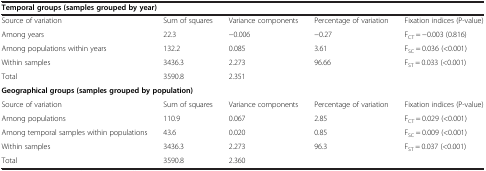
<table><thead><tr><td colspan="5"><b>Temporal groups (samples grouped by year)</b></td></tr></thead><tbody><tr><td>Source of variation</td><td>Sum of squares</td><td>Variance components</td><td>Percentage of variation</td><td>Fixation indices (P-value)</td></tr><tr><td>Among years</td><td>22.3</td><td>−0.006</td><td>−0.27</td><td>F<sub>CT</sub> = −0.003 (0.816)</td></tr><tr><td>Among populations within years</td><td>132.2</td><td>0.085</td><td>3.61</td><td>F<sub>SC</sub> = 0.036 (&lt;0.001)</td></tr><tr><td>Within samples</td><td>3436.3</td><td>2.273</td><td>96.66</td><td>F<sub>ST</sub> = 0.033 (&lt;0.001)</td></tr><tr><td>Total</td><td>3590.8</td><td>2.351</td><td> </td><td> </td></tr><tr><td colspan="5"><b>Geographical groups (samples grouped by population)</b></td></tr><tr><td>Source of variation</td><td>Sum of squares</td><td>Variance components</td><td>Percentage of variation</td><td>Fixation indices (P-value)</td></tr><tr><td>Among populations</td><td>110.9</td><td>0.067</td><td>2.85</td><td>F<sub>CT</sub> = 0.029 (&lt;0.001)</td></tr><tr><td>Among temporal samples within populations</td><td>43.6</td><td>0.020</td><td>0.85</td><td>F<sub>SC</sub> = 0.009 (&lt;0.001)</td></tr><tr><td>Within samples</td><td>3436.3</td><td>2.273</td><td>96.3</td><td>F<sub>ST</sub> = 0.037 (&lt;0.001)</td></tr><tr><td>Total</td><td>3590.8</td><td>2.360</td><td> </td><td> </td></tr></tbody></table>